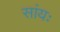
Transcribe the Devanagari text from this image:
सांयः